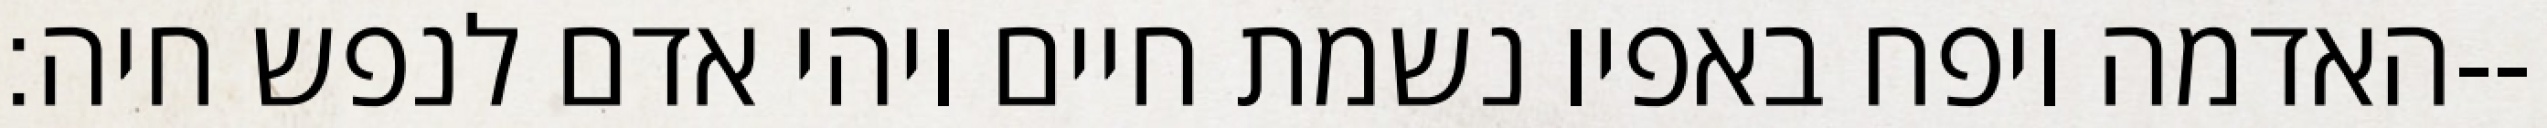
האדמה ויפח באפיו נשמת חיים ויהי אדם לנפש חיה׃--